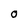
Character: O